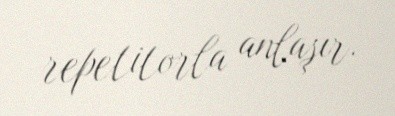
repetitorla anlaşır.